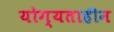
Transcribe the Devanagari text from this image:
योग्यताहीन